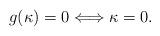
LaTeX: \begin{align*}g(\kappa )=0\Longleftrightarrow \kappa =0. \end{align*}